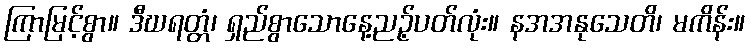
ကြာမြင့်စွာ။ ဒီဃရတ္တံ၊ ရှည်စွာသောနေ့ညဉ့်ပတ်လုံး။ နအအနုသေတိ၊ မကိန်း။